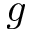
g